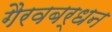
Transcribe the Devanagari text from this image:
गैरवबर्धन